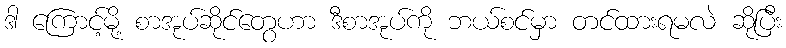
ဒါ ကြောင့်မို့ စာအုပ်ဆိုင်တွေဟာ ဒီစာအုပ်ကို ဘယ်စင်မှာ တင်ထားရမလဲ ဆိုပြီး